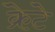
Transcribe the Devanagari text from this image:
क्रेटे